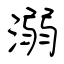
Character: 溺